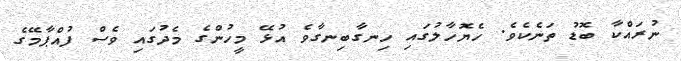
ނުރައްކާ ބޮޑު ތަނެކެވެ. ހެޔޮހާލުގައި ހިނގާބިނގާވެ އުޅޭ މީހުންގެ މެދުގައި ވެސް ފުއްޕާމޭގެ